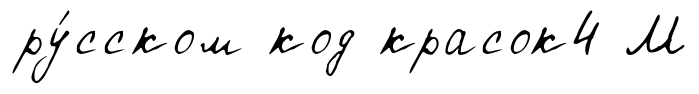
ру́сском код красок4 М